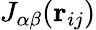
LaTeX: J_{\alpha\beta}({\mathbf r}_{ij})